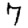
Digit: 7